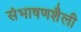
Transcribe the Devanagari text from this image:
संभाषणशैली